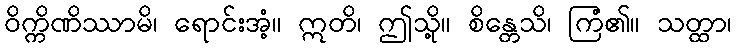
ဝိက္ကိဏိဿာမိ၊ ရောင်းအံ့။ ဣတိ၊ ဤသို့။ စိန္တေသိ၊ ကြံ၏။ သတ္ထာ၊